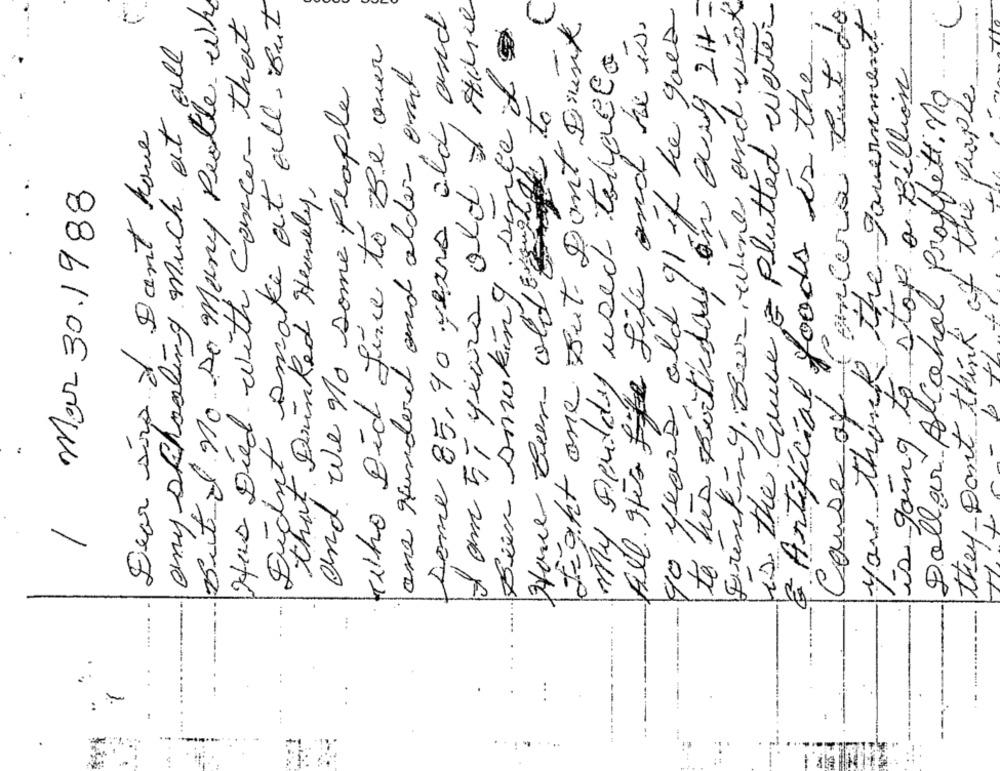
Bital no so Many People who
Didnt smake at all, But
I am 5- years old & sine
te très partidas on any 2H-
your Died with Cancer that
Dome 85,40 years old, and
40 years old 91 if he goes
is the Cause E Plutted water
Concera But do
you thank the government
Fight one But Don't Drink
All. She's Like Life and he is.
my Deutdy used Tohallo
any schooling much at all
Techo Did Since to Be over
Drinking. Beer, wine and w
ans Hunderd and older and
Artificial foods is the
Bin Dowking since
is going to stop a Billion
of the people
and we no some people
Dollar. Alcohol Proffitt. no
Dear sirp & Dant have
that Drinked Heavily
Mar 30.1988
- 6 th
they Don't think
Cause of
-